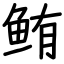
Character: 鲔